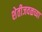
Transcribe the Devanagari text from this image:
शेतीजवळच्या